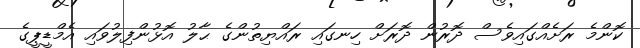
ކޮންމެ ރަށެއްގައިވެސް ދޮރުން ދޮރަށް ހިނގައި ރައްޔިތުންގެ ޙާލު އޮޅުންފިލުވައި އެމްޑީޕީގެ